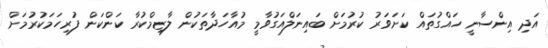
އަދި އިންސާނީ ހައްގުތައް ކަށަވަރު ކުރުމަށް ބައިނަލްއަގުވާމީ މުއާހަދާތަކުން ލާޒިމްކުރާ ކަންކަން ފުރިހަމަކުރުމަށް